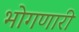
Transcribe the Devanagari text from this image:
भोगणारी